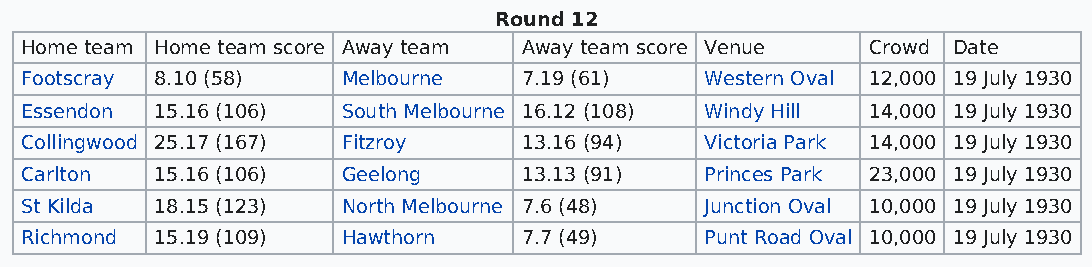
Round 12
 Home team Home team score Away team Away team score Venue Crowd Date
 Footscray 8.10 (58)   Melbourne   7.19 (61)   Western Oval 12,000 19 July 1930
 Essendon 15.16 (106)  South Melbourne 16.12 (108) Windy Hill 14,000 19 July 1930
 Collingwood 25.17 (167) Fitzroy   13.16 (94)  Victoria Park 14,000 19 July 1930
 Carlton  15.16 (106)  Geelong     13.13 (91)  Princes Park 23,000 19 July 1930
 St Kilda 18.15 (123)  North Melbourne 7.6 (48) Junction Oval 10,000 19 July 1930
 Richmond 15.19 (109)  Hawthorn    7.7 (49)    Punt Road Oval 10,000 19 July 1930